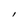
Character: I